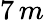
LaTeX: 7\, m